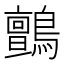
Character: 鸇